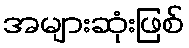
အများဆုံးဖြစ်